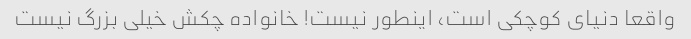
واقعا دنیای کوچکی است، اینطور نیست! خانواده چکش خیلی بزرگ نیست